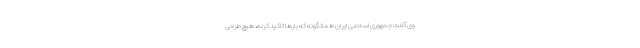
وی گفت جمهوری اسلامی ایران همانگونه که بارها تاکید کرده، هیچ طرحی